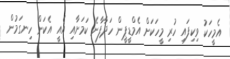
އެމީހަކު ވިކިފައި ހުރި މީހަކަށް އެމްޑީޕީން ހަދާފާނެ ކަމަށާއި އެއީ އެކަން ހިނގަމުން